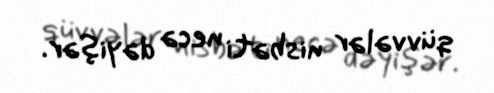
qüvvələr nisbəti necə dəyişər.